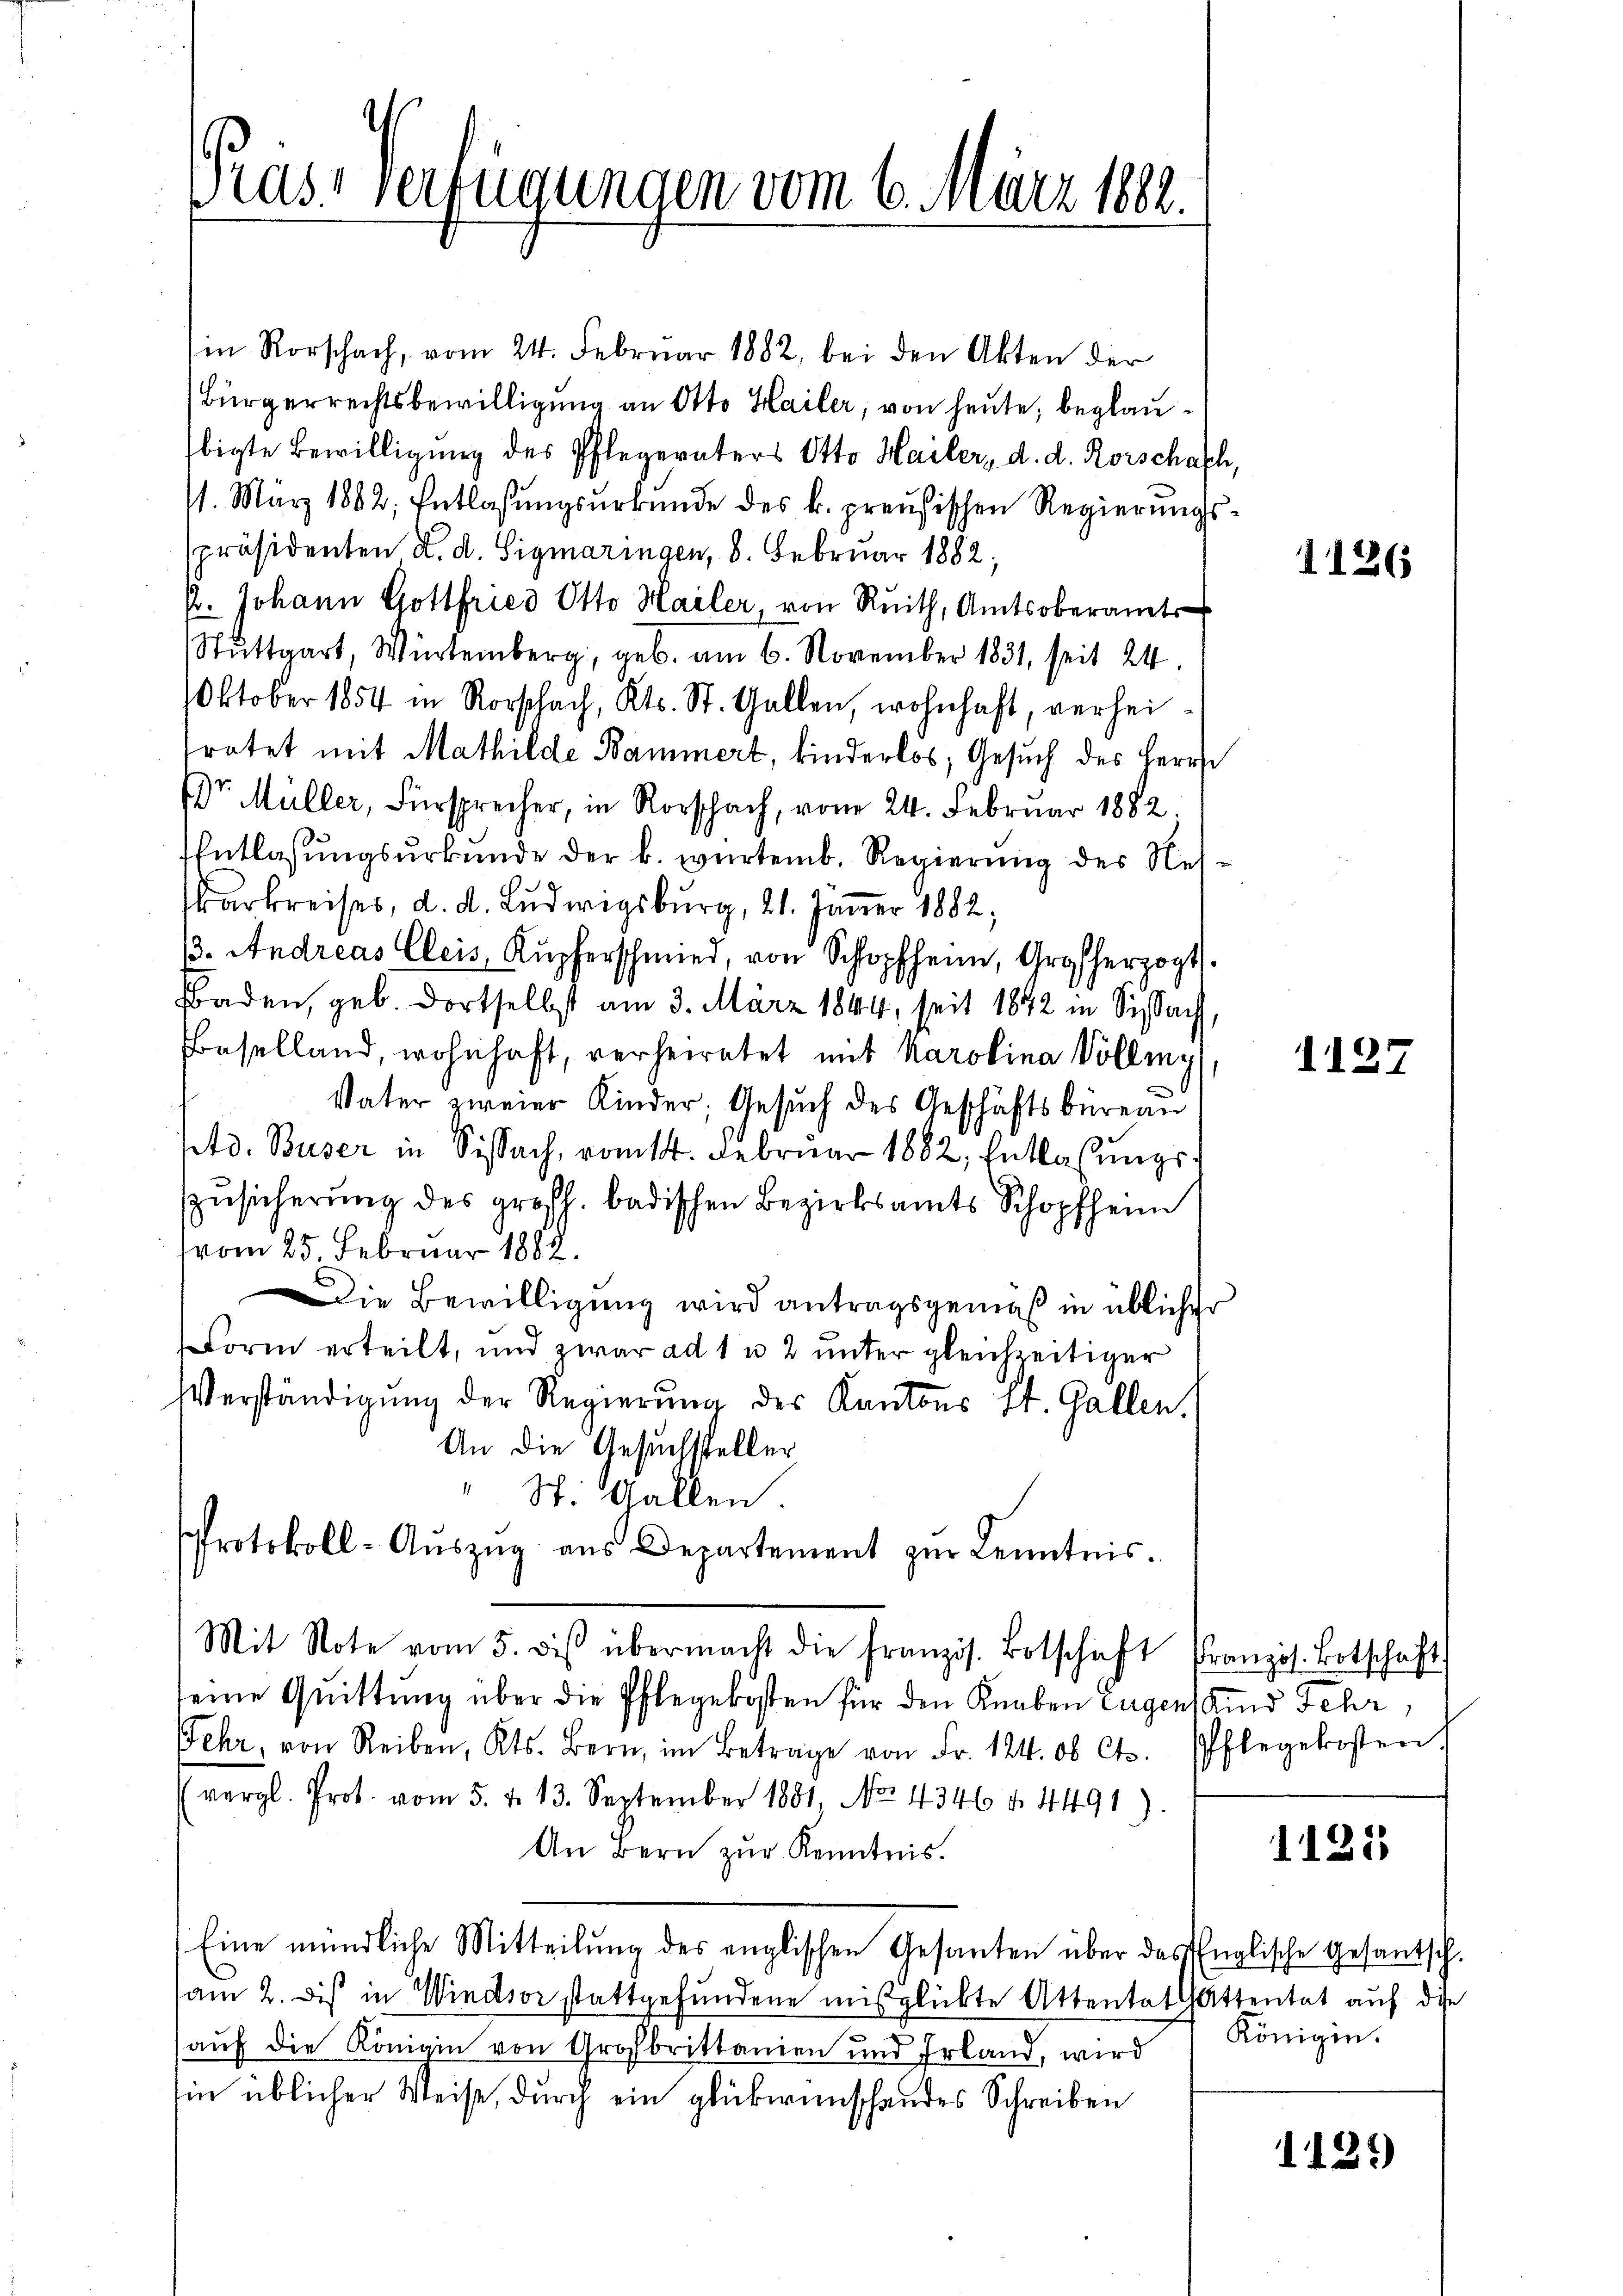
ras Verfügungen vom 6. März 1882.

in Rorschach, vom 24. Februar 1882, bei den Akten der
Bürgerrechtsbewilligung an Otto Hailer, von heute, beglaubigte Bewilligŭng des Pflegeraters Otto Hailer, d. d. Rorschaft
11. März 1882, Entlaßungsurkunde des k. preußischen Regierungs
spräsidenten d. d. Sigmaringen, 8. Februar 1882.
/. Johann Gottfried Otto Hailer, von Reith, Amtsoberamt
Stuttgart, Würtemberg, geb. am 6. November 1831, seit 24
Oktober 1854 in Rorschach, Kts. St. Gallen, wohnhaft, verheitratet mit Mathilde Bammert, kinderlos; Gesuch des Herre
DDr. Müller, Fürsprecher, in Rorschach, vom 24. Februar 1882.
Entlassŭngsŭrkŭnde der k. würtemb. Regierŭng des Nes-
arkreises, d. d. Ludwigsburg, 21. Jänner 1882,
13. Andreas Cleis, Kupferschmied, von Schopfen, Großherzogt
Baden, geb. dortselbst am 3. März 1844, seit 1842 in Sissach
Baselland, wohnhaft, verheiratet mit Karolina Volling
Vater zweier Kinder, Gesŭch des Geschäftsbüreau
Ptd. Buser in Sissach, romtt. Februar 1882, Entlassŭngs-
ZZŭsicherung des großh. badischen Bezirksamts Schopfheim
vom 25. Februar 1882.
Die Bewilligung wird antragsgemäß in üblicher
Form erteilt, und zwar ad 1 u 2 ŭnter gleichzeitiger
Verständigung der Regierung des Kantons St. Gallen.
An die Gesuchsteller
" St. Gallen.
Protokoll-Auszug aus Departement zur Kenntnis¬
Mit Note vom 5. des übermacht die französ. Botschaft Pranzös. Botschaft
seine Quittung über die Pflegekosten für den Knaben Eugen Kind Jehr,
Fehr, von Reiben, Kts. Bern, im Betrage von Fr. 124. ob Ct. Pflegekosten
(vergl. Prot. vom 5. d. 13. September 1881, No. 4346 u. 4491).
An Bern zur Kenntnis.
Eine mündliche Mitteilung des englischen Gesanten über das Englische Gesantsch.
am 2. Dis in Windsor stattgefundene mißglückte Attentat Attentat auf die
auf die Königin von Großbrittanien und Erland, wird
in üblicher Weise, durch ein glückwünschendes Schreiben

le

1126

1127

1125

Königin.

1121)